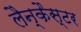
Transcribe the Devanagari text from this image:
लैन्कैस्टर